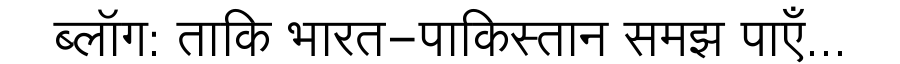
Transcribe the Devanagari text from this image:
ब्लॉग: ताकि भारत-पाकिस्तान समझ पाएँ...